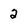
Character: 2